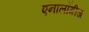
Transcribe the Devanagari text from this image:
एनालॉगीज